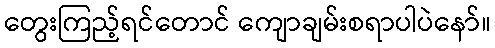
တွေးကြည့်ရင်တောင် ကျောချမ်းစရာပါပဲနော်။